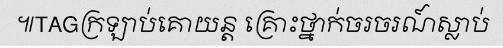
៕TAGក្រឡាប់គោយន្ត គ្រោះថ្នាក់ចរចរណ៍ស្លាប់